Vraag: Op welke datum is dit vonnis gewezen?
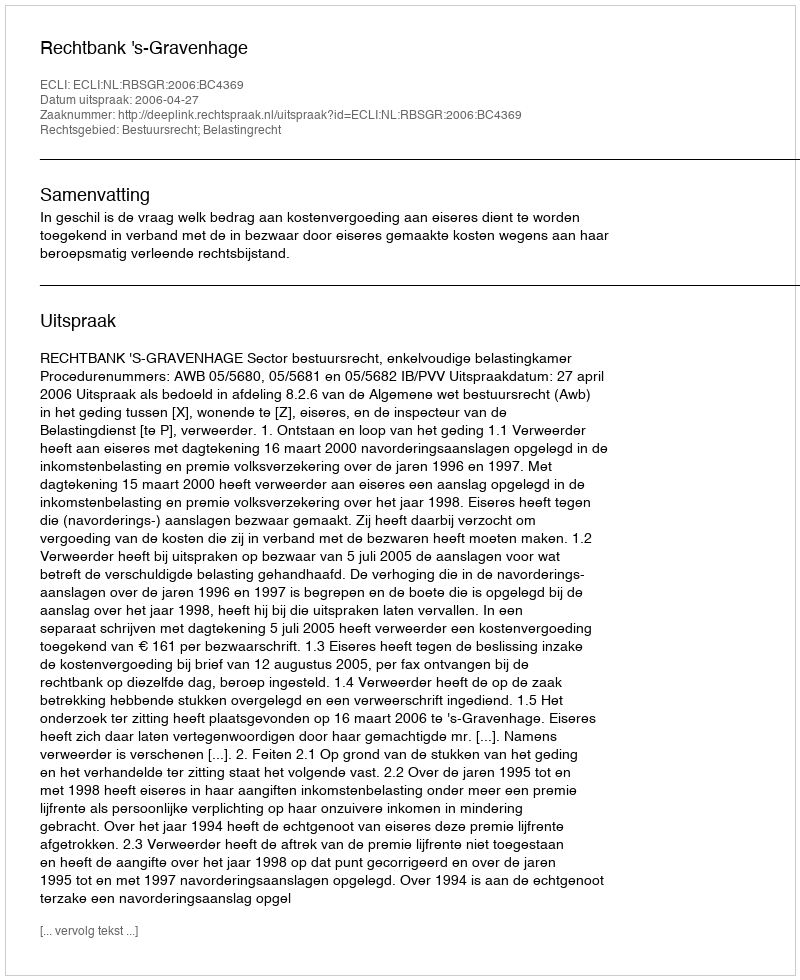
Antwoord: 2006-04-27